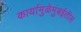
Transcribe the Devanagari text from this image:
कार्यामुळेमुंबईतील